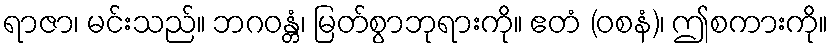
ရာဇာ၊ မင်းသည်။ ဘဂဝန္တံ၊ မြတ်စွာဘုရားကို။ ဧတံ (ဝစနံ)၊ ဤစကားကို။